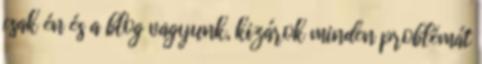
csak én és a blog vagyunk, kizárok minden problémát